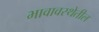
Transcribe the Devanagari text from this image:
भावावस्थेतील